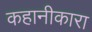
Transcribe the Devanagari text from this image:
कहानीकारा